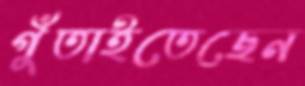
গুঁতাইতেছেন